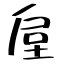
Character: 垕